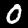
Digit: 0